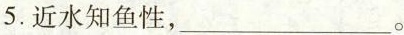
5.近水知鱼性，___。